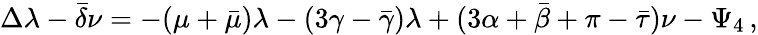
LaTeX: \Delta\lambda-{\bar{\delta}}\nu=-(\mu+{\bar{\mu}})\lambda-(3\gamma-{\bar{\gamma}})\lambda+(3\alpha+{\bar{\beta}}+\pi-{\bar{\tau}})\nu-\Psi_{4}\, ,